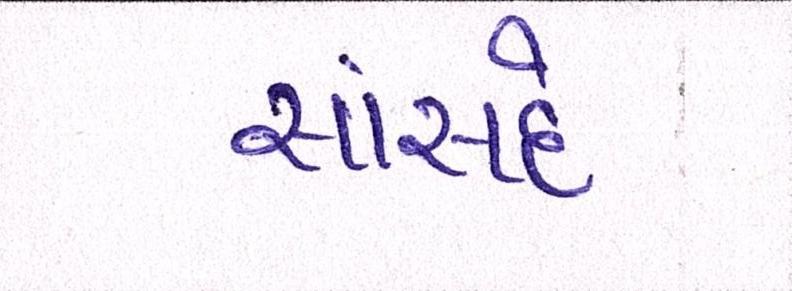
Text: સાંસદે